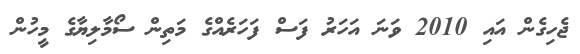
ޖެހިގެން އައި 2010 ވަނަ އަހަރު ފަސް ފަހަރެއްގެ މަތިން ސޯމާލިޔާގެ މީހުން